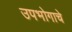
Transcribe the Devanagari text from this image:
उपभोगाचे